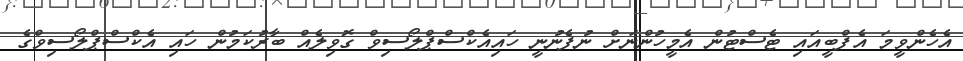
އެހެންވީމަ އެފްބީއައި ޓެސްޓުން އެމީހުންނަށް ނުފެނުނީ ހައިއެކްސްޕްލޯސިވް ގޮވިލެއް ބާރުކަމުން ހައި އެކްސްޕްލޯސިވްގެ